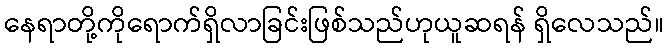
နေရာတို့ကိုရောက်ရှိလာခြင်းဖြစ်သည်ဟုယူဆရန် ရှိလေသည်။